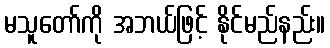
မသူတော်ကို အဘယ်ဖြင့် နိုင်မည်နည်း။